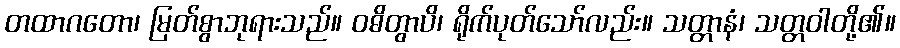
တထာဂတော၊ မြတ်စွာဘုရားသည်။ ဝဓိတွာပိ၊ ရိုက်ပုတ်သော်လည်း။ သတ္တာနံ၊ သတ္တဝါတို့၏။